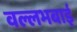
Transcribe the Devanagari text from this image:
वल्लभबाई